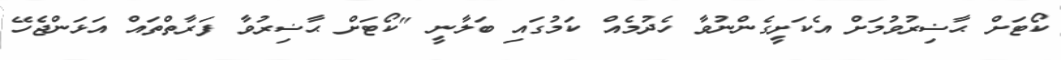
ކޯޓަށް ޙާޟިރުވުމަށް އެކަށީގެންނުވާ ހެދުމެއް ކަމުގައި ބަލާނީ "ކޯޓަށް ޙާޟިރުވާ ފަރާތްތައް އަޅަންޖެހޭ